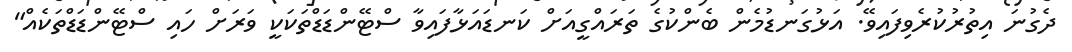
ދެގުނަ އިތުރުކުރެވިފައިވޭ. އަޅުގަނޑުމެން ބެންކުގެ ތަރައްގީއަށް ކަނޑައަޅާފައިވާ ސްޓޭންޑަަޑްތަކަކީ ވަރަށް ހައި ސްޓޭންޑަޑްތަކެއް"